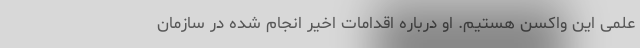
علمی این واکسن هستیم. او درباره اقدامات اخیر انجام شده در سازمان